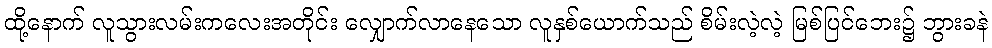
ထို့နောက် လူသွားလမ်းကလေးအတိုင်း လျှောက်လာနေသော လူနှစ်ယောက်သည် စိမ်းလဲ့လဲ့ မြစ်ပြင်ဘေး၌ ဘွားခနဲ